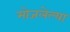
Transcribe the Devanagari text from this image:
मोजलेल्या